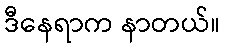
ဒီနေရာက နာတယ်။